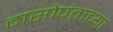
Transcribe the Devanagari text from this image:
दासोपंताच्या